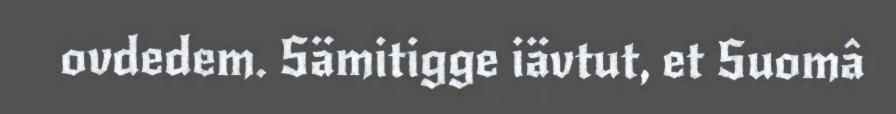
ovdedem. Sämitigge iävtut, et Suomâ